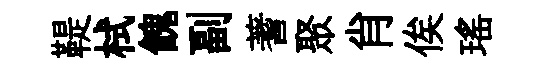
鞮栻餽副蓍聚肖俟瑶